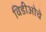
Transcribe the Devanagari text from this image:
विडीओचे